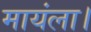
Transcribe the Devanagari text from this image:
मायंला।